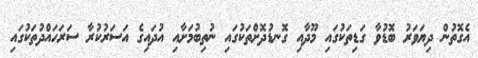
އެގޮތުން ދިޔަވަރު ބޮޑުވާ ގަޑިތަކުގައި މޫދާއި ގޮނޑުދޮށްތަކުގައި ނުތިބުމަށާއި އުދައިގެ އަސަރުކުރާ ސަރަހައްދުތަކުގައި